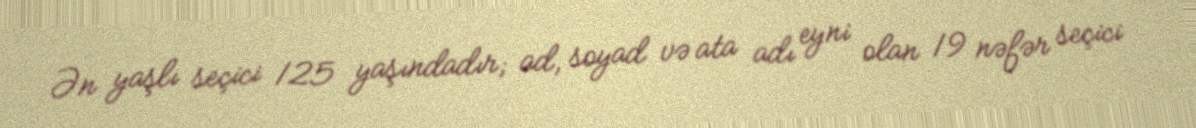
Ən yaşlı seçici 125 yaşındadır; ad, soyad və ata adı eyni olan 19 nəfər seçici